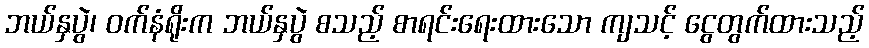
ဘယ်နှပွဲ၊ ဝက်နံရိုးက ဘယ်နှပွဲ စသည့် စာရင်းရေးထားသော ကျသင့် ငွေတွက်ထားသည့်